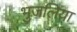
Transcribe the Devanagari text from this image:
भुजलिया